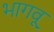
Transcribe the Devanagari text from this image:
भागवू